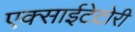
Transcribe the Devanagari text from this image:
एक्साईटेटोरी